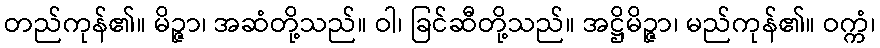
တည်ကုန်၏။ မိဉ္ဇာ၊ အဆံတို့သည်။ ဝါ၊ ခြင်ဆီတို့သည်။ အဋ္ဌိမိဉ္ဇာ၊ မည်ကုန်၏။ ဝက္ကံ၊